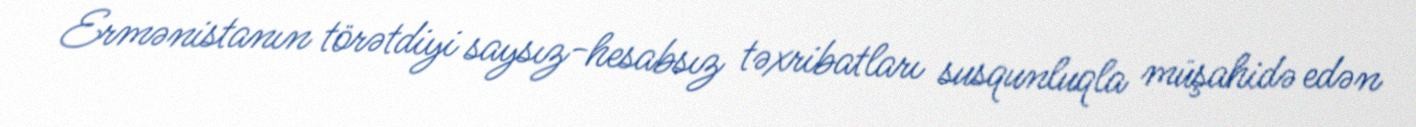
Ermənistanın törətdiyi saysız-hesabsız təxribatları susqunluqla müşahidə edən